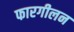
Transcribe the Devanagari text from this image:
फारगीलन